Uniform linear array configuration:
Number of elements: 32
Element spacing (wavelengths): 0.5
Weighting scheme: binomial
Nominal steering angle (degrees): -15
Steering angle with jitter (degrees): -15.343
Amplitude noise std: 0.05
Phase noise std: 0.05

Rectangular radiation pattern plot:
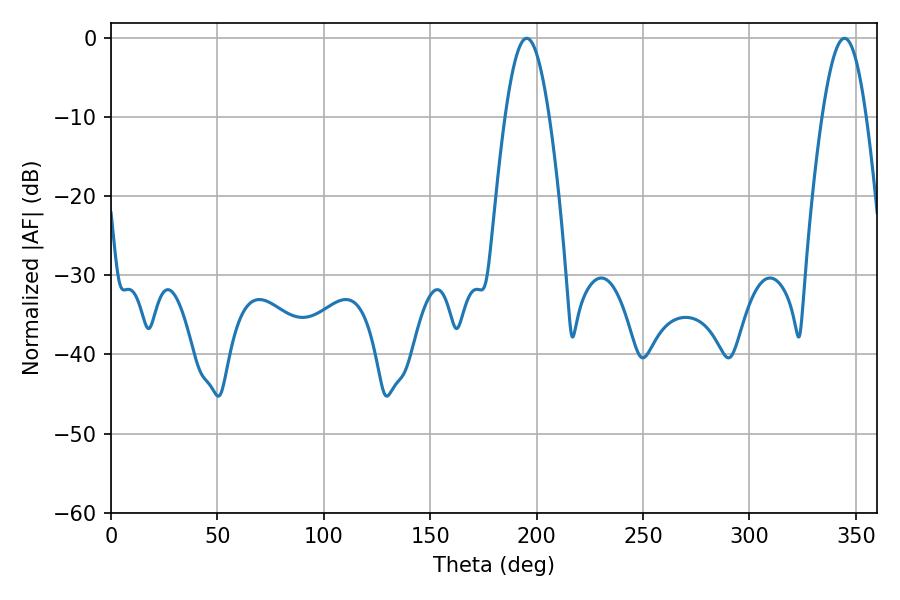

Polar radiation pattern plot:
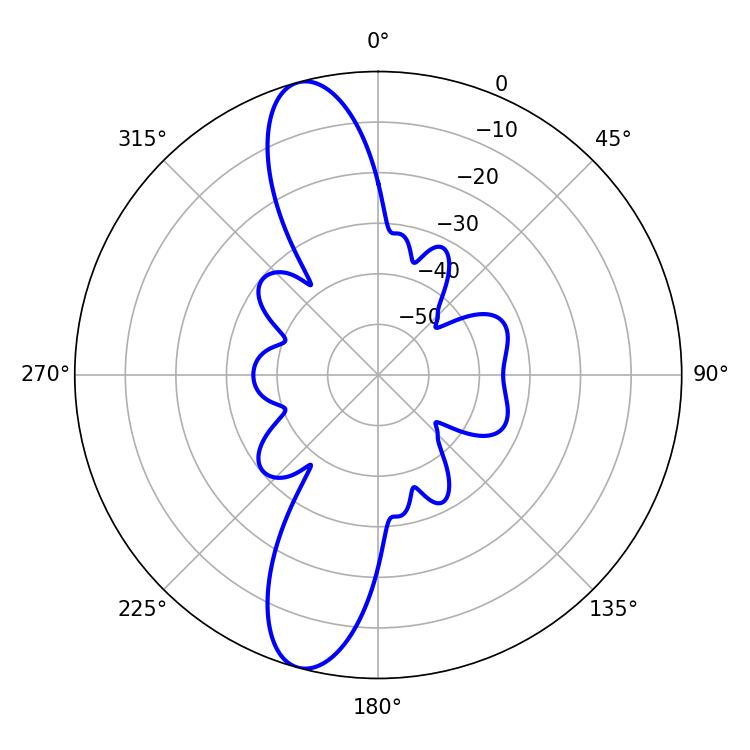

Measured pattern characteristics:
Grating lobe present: FALSE
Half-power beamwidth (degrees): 11.34
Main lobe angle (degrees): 195.3